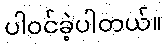
ပါဝင်ခဲ့ပါတယ်။